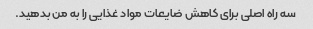
سه راه اصلی برای کاهش ضایعات مواد غذایی را به من بدهید.